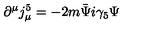
\partial ^ { \mu } j _ { \mu } ^ { 5 } = - 2 m \bar { \Psi } i \gamma _ { 5 } \Psi